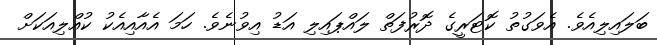
ބަލައިލިއެވެ. އެވަގުތު ކޮޓަރީގެ ދޮރުފަތް ލައްޕައިލި އަޑު އިވުނެވެ. ހަމަ އެއާއިއެކު ކުއްލިއަކަށް